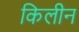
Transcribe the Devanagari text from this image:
किलीन